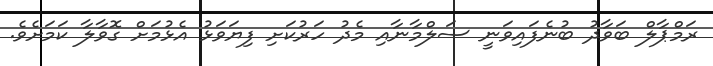
ރަމްޕާލް ބަވާދު ބުނެފައިވަނީ ސަލްމާނާއި މެދު ހަރުކަށި ފިޔަވަޅު އެޅުމަށް ގޮވާލާ ކަމަށެވެ.